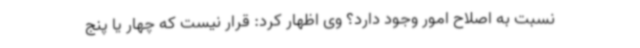
نسبت به اصلاح امور وجود دارد؟ وی اظهار کرد: قرار نیست که چهار یا پنج